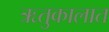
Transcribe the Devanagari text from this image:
ऋतुकालात